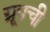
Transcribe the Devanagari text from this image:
ग्रूपची